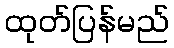
ထုတ်ပြန်မည်